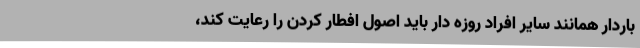
باردار همانند سایر افراد روزه دار باید اصول افطار کردن را رعایت کند،